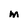
Character: m